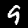
Label: 9